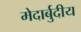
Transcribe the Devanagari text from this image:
मेदार्बुदीय